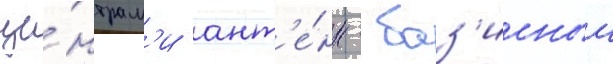
це́нтрам'и ант'е́нн - баз'исныи